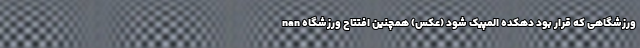
nan ورزشگاهی که قرار بود دهکده المپیک شود (عکس) همچنین افتتاح ورزشگاه